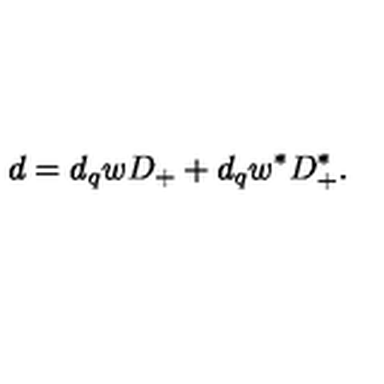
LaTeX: d = d _ { q } w D _ { + } + d _ { q } w ^ { \ast } D _ { + } ^ { \ast } .